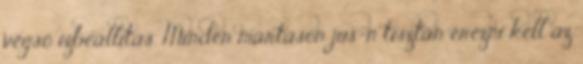
végső ízbeállítás. Minden mártáson jus-n tisztán érezni kell az